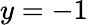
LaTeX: y=-1